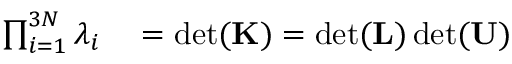
\begin{array} { r l } { \prod _ { i = 1 } ^ { 3 N } \lambda _ { i } } & { { } = \operatorname* { d e t } ( \mathbf { K } ) = \operatorname* { d e t } ( \mathbf { L } ) \operatorname* { d e t } ( \mathbf { U } ) } \end{array}